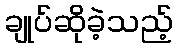
ချုပ်ဆိုခဲ့သည့်